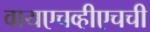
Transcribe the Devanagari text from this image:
वायएचव्हीएचची